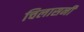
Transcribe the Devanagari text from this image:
चिलासनी